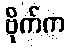
ဗိုက်က